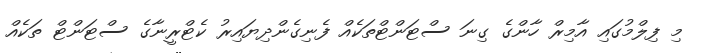
މި ފިލްމުގައި އާމިރް ހާންގެ ގިނަ ސްޓަންޓްތަކެއް ފެނިގެންދިޔައިރު ކެޓްރީނާގެ ސްޓަންޓް ތަކެއް